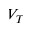
V _ { T }